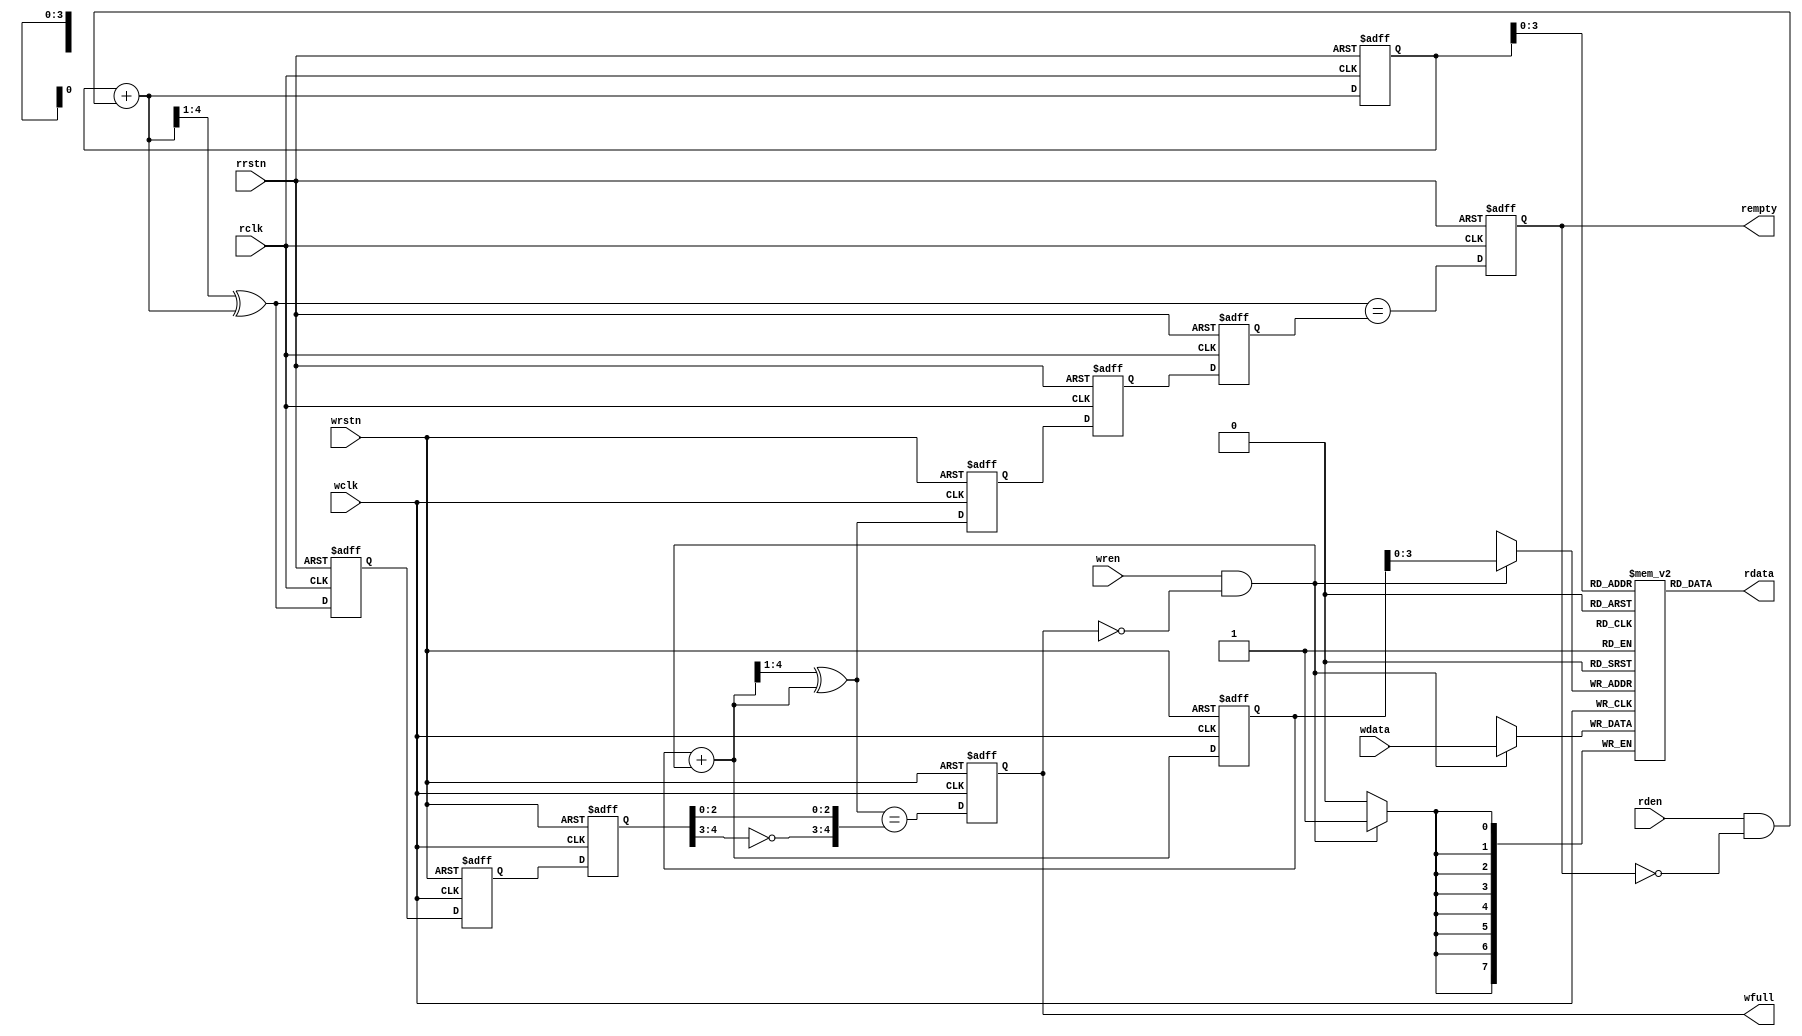
module Async_FIFO (
	input   wire    wclk,					//   
	input   wire    wrstn,				   //  
	input   wire    wren,					//  
	input   wire    [dw-1:0] wdata,		//   

   input	wire    rclk,                 //   
   input	wire    rrstn,                //  
   input	wire    rden,                 //    

	output	reg   wfull,					//  -  
   output	wire	[dw-1:0] rdata,		//  
	output	reg	rempty					//  -  

	);
	
	
	parameter dsize = 8, asize = 4;		//   - 8 ,    - 4 
	localparam dw = dsize, aw = asize;


	wire [aw-1:0] waddrmem, raddrmem;
	wire wfull_next, rempty_next;
	reg [aw:0] wgray, wbin, wq2_rgray, wq1_rgray,rgray, rbin, rq2_wgray, rq1_wgray;
				
	
	wire [aw:0] wgraynext, wbinnext;
	wire [aw:0] rgraynext, rbinnext;

	reg [dw-1:0]	mem	[0:((1<<aw)-1)];

    //   
    
     
initial	{ wq2_rgray,  wq1_rgray } = 0;

	always @(posedge wclk or negedge wrstn)
	    if (!wrstn)
            { wq2_rgray,wq1_rgray } <= 0;
	    else 
            { wq2_rgray, wq1_rgray } <= { wq1_rgray, rgray };

	assign	wbinnext  = wbin + { {(aw){1'b0}}, ((wren) && (!wfull)) };
	assign	wgraynext = (wbinnext >> 1) ^ wbinnext;
	assign	waddrmem = wbin[aw-1:0];

initial	{ wbin, wgray } = 0;
    always @(posedge wclk or negedge wrstn)
        if (!wrstn)
	        { wbin, wgray } <= 0;
        else
            { wbin, wgray } <= { wbinnext, wgraynext };

    assign	wfull_next = (wgraynext == { ~wq2_rgray[aw:aw-1],wq2_rgray[aw-2:0] });

				
initial	wfull = 0;
    always @(posedge wclk or negedge wrstn)
    if (!wrstn)
        wfull <= 1'b0;
	else
	    wfull <= wfull_next;

always @(posedge wclk)
    if ((wren)&&(!wfull))
	    mem[waddrmem] <= wdata;

initial	{ rq2_wgray,  rq1_wgray } = 0;
always @(posedge rclk or negedge rrstn)
    if (!rrstn)
        { rq2_wgray, rq1_wgray } <= 0;
    else
        { rq2_wgray, rq1_wgray } <= { rq1_wgray, wgray };


    assign	rbinnext  = rbin + { {(aw){1'b0}}, ((rden)&&(!rempty)) };
    assign	rgraynext = (rbinnext >> 1) ^ rbinnext;

initial	{ rbin, rgray } = 0;
	always @(posedge rclk or negedge rrstn)
if (!rrstn)
	{ rbin, rgray } <= 0;
else
	{ rbin, rgray } <= { rbinnext, rgraynext };

    assign	raddrmem = rbin[aw-1:0];
    assign	rempty_next = (rgraynext == rq2_wgray);

initial rempty = 1;
always @(posedge rclk or negedge rrstn)
    if (!rrstn)
    	rempty <= 1'b1;
    else
	    rempty <= rempty_next;

    assign	rdata = mem[raddrmem];
endmodule